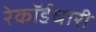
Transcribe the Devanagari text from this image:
रेकॉर्डधारी